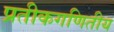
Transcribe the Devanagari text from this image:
प्रतीकगणितीय